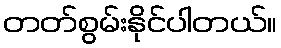
တတ်စွမ်းနိုင်ပါတယ်။